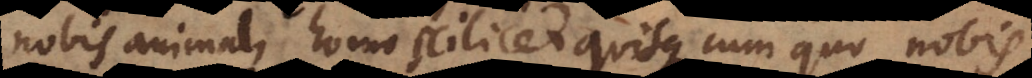
nobis animal, homo scilicet quisque cum quo nobis